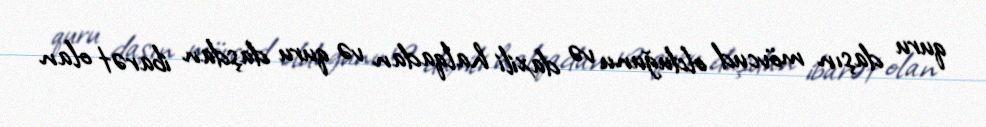
quru daşın mövcud olduğunu və daxili halqadan və quru daşdan ibarət olan